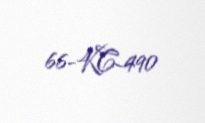
66-KC-490